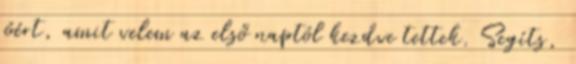
jóért, amit velem az első naptól kezdve tettek. Segíts,